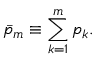
\bar { p } _ { m } \equiv \sum _ { k = 1 } ^ { m } { p _ { k } } .